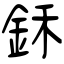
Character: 鉌